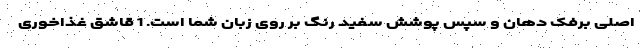
اصلی برفک دهان و سپس پوشش سفید رنگ بر روی زبان شما است. 1 قاشق غذاخوری